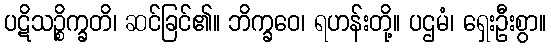
ပဋိသဉ္စိက္ခတိ၊ ဆင်ခြင်၏။ ဘိက္ခဝေ၊ ရဟန်းတို့။ ပဌမံ၊ ရှေးဦးစွာ။